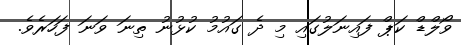
ވޯލްޑް ކަޕް ފައިނަލުގައި މި ދެ ގައުމު ކުޅުނު ތިނަ ވަނަ ފަހަރެވެ.